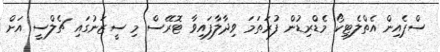
ސްޕެއިން އެތްލެޓިކޯ މެޑްރިޑުން ފުރަތަމަ ވިދާލާފައިވާ ޓޮރޭސް މި ސީޒަނުގައި ޗެލްސީ އަށް